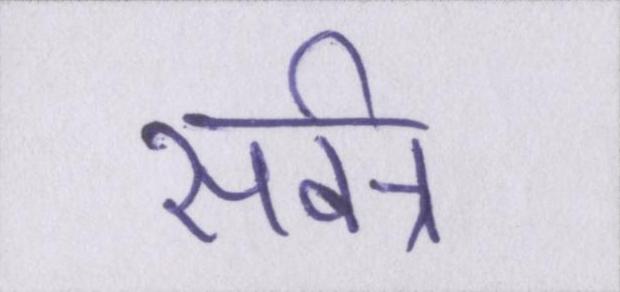
सर्वत्र